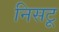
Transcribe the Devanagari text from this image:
निसटू